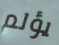
يؤلم